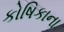
કોષિકાના